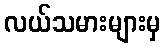
လယ်သမားများမှ